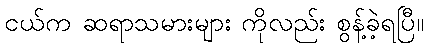
ငယ်က ဆရာသမားများ ကိုလည်း စွန့်ခဲ့ရပြီ။